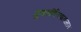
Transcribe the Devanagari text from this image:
गुणवर्धितवातजात